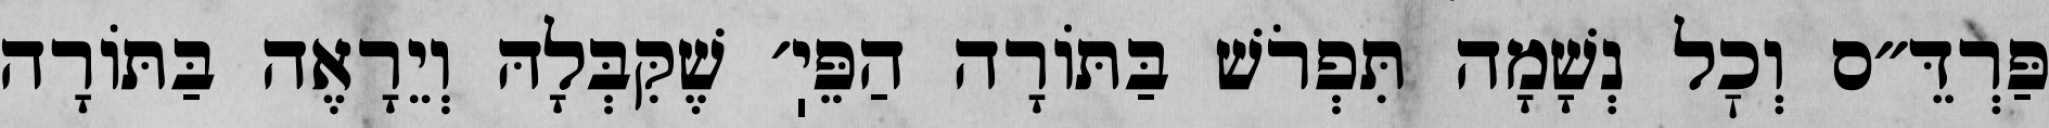
פַּרְדֵּ״ס וְכׇל נְשָׁמָה תִּפְרֹשׁ בַּתּוֹרָה הַפֵּיֽ׳ שֶׁקִּבְּלָהּ וְיֵרָאֶה בַּתּוֹרָה